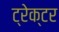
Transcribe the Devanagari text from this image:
ट्रेक्‍टर